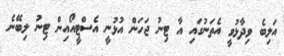
އަލިބެ ވިދާޅުވީ އެތަނުގައި އާ ޓިނު ޖަހަން އުޅުނީ އެސްޓީއޯއިން ޓިނު ލިބޭނެ